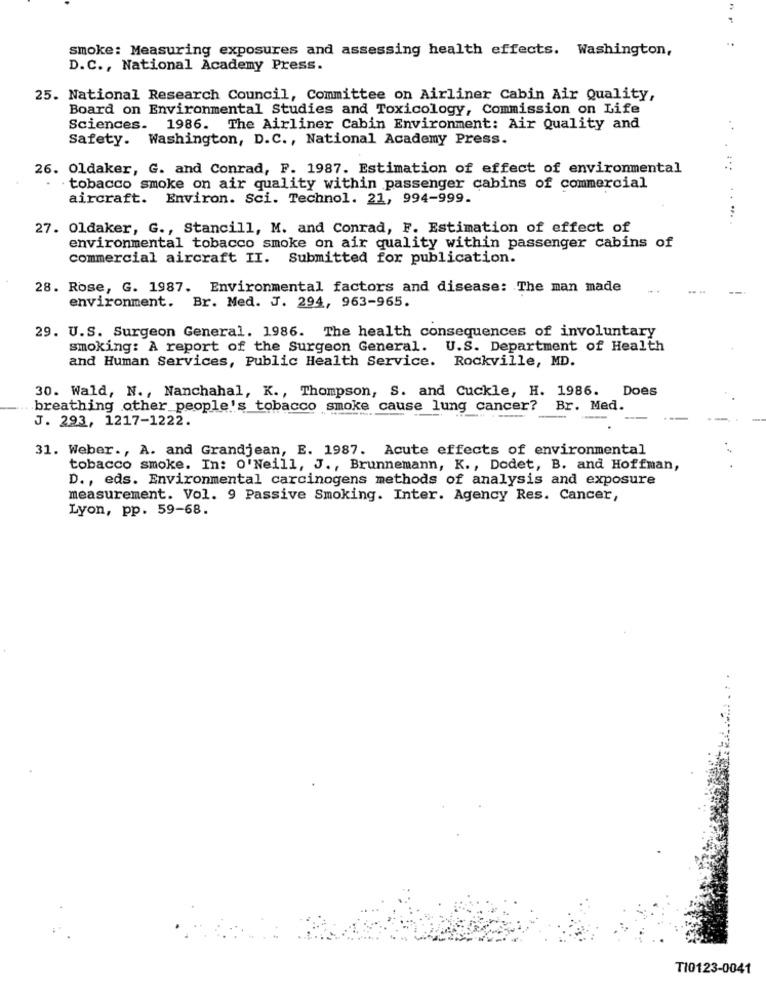
smoke: Measuring exposures and assessing health effects. Washington,
D.C ., National Academy Press.
25. National Research Council, Committee on Airliner Cabin Air Quality,
Board on Environmental Studies and Toxicology, Commission on Life
Sciences. 1986. The Airliner Cabin Environment: Air Quality and
Safety. Washington, D.C ., National Academy Press.
26. Oldaker, G. and Conrad, F. 1987. Estimation of effect of environmental
tobacco smoke on air quality within passenger cabins of commercial
aircraft. Environ. Sci. Technol. 21, 994-999.
. ....
27. Oldaker, G ., Stancill, M. and Conrad, F. Estimation of effect of
environmental tobacco smoke on air quality within passenger cabins of
commercial aircraft II. Submitted for publication.
28. Rose, G. 1987. Environmental factors and disease: The man made
environment. Br. Med. J. 294, 963-965.
29. U.S. Surgeon General. 1986. The health consequences of involuntary
smoking: A report of the Surgeon General. U.S. Department of Health
and Human Services, Public Health Service. Rockville, MD.
30. Wald, N ., Nanchahal, K ., Thompson, S. and Cuckle, H. 1986.
Does
breathing other people's tobacco smoke cause lung cancer? Br. Med.
J. 293, 1217-1222.
31. Weber ., A. and Grandjean, E. 1987. Acute effects of environmental
tobacco smoke. In: O'Neill, J ., Brunnemann, K ., Dodet, B. and Hoffman,
D ., eds. Environmental carcinogens methods of analysis and exposure
measurement. Vol. 9 Passive Smoking. Inter. Agency Res. Cancer,
Lyon, pp. 59-68.
TI0123-0041